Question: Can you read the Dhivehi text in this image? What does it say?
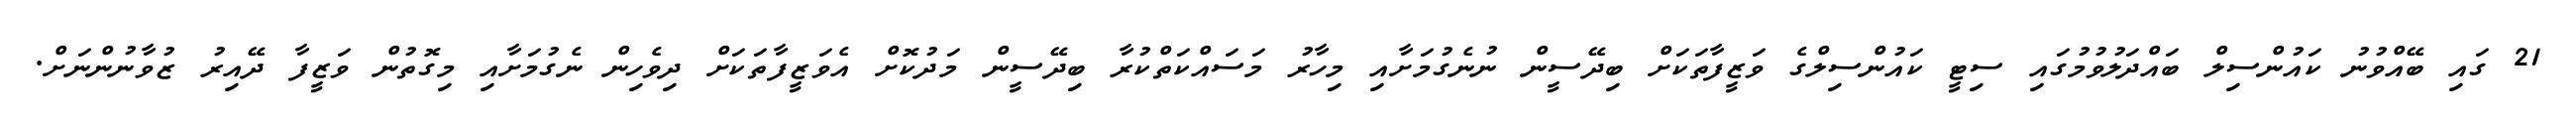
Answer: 21 ގައި ބޭއްވުނު ކައުންސިލް ބައްދަލުވުމުގައި ސިޓީ ކައުންސިލްގެ ވަޒީފާތަކަށް ބިދޭސީން ނުނެގުމަށާއި މިހާރު މަސައްކަތްކުރާ ބިދޭސީން މަދުކޮށް އެވަޒީފާތަކަށް ދިވެހިން ނެގުމަށާއި މިގޮތުން ވަޒީފާ ދޭއިރު ޒުވާނުންނަށް.